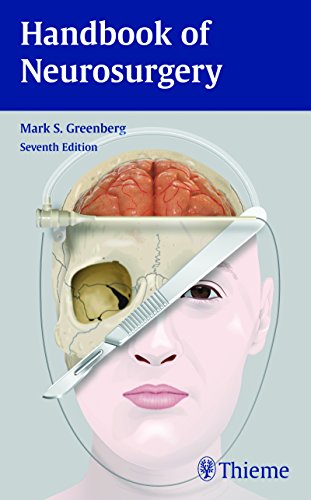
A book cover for Handbook of Neurosurgery; Mark S. Greenberg; Medical Books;